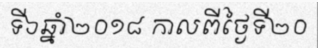
ទី៦ឆ្នាំ២០១៨ កាលពីថ្ងៃទី២០